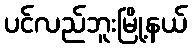
ပင်လည်ဘူးမြို့နယ်